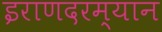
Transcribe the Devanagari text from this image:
इराणदरम्यान